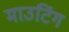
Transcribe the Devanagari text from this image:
माउटिंग